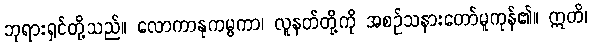
ဘုရားရှင်တို့သည်။ လောကာနုကမ္ပကာ၊ လူနတ်တို့ကို အစဉ်သနားတော်မူကုန်၏။ ဣတိ၊